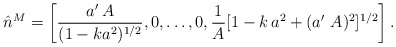
\begin{align*}\hat{n}^M = \left[ \frac{a^\prime\,A}{(1-ka^2)^{1/2}},0, \dots, 0, \frac{1}{A}[1 - k\,a^2 + (a^\prime\,\,A)^2]^{1/2} \right].\end{align*}